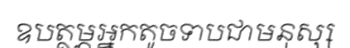
ឧបត្ថម្ភអ្នកតូចទាបជាមនុស្ស